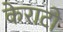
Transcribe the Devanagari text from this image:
केराटो